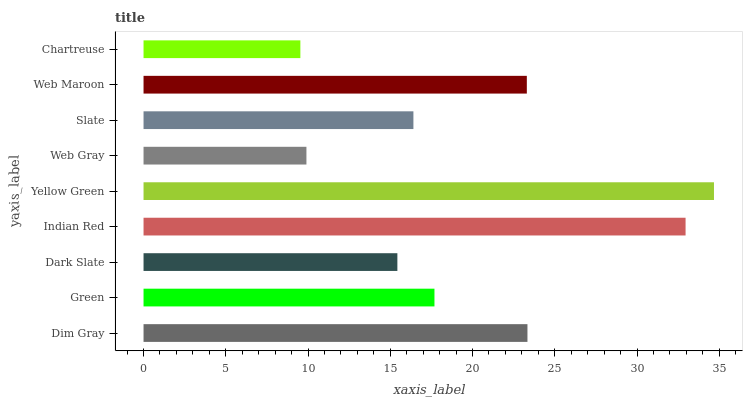
| yaxis_label | bars |
 | --- | --- |
 | Dim Gray | 23.3 |
 | Green | 17.7 |
 | Dark Slate | 15.4 |
 | Indian Red | 33 |
 | Yellow Green | 34.7 |
 | Web Gray | 9.9 |
 | Slate | 16.4 |
 | Web Maroon | 23.3 |
 | Chartreuse | 9.53 |